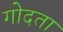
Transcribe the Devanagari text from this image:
गोदता